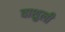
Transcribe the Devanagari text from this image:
वाशुली